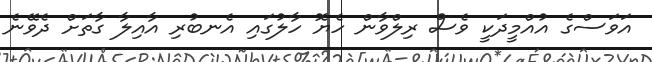
އަވަސްގެ އުއްމީދަކީ ވެސް ރިލްވާން ހެޔޮ ހާލުގައި އެނބުރި އާއިލާ ގާތަށް ދެވޭނެ